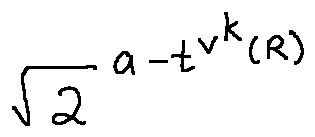
\sqrt { 2 } ^ { a - t ^ { v ^ { k } ( R ) } }